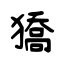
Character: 獢